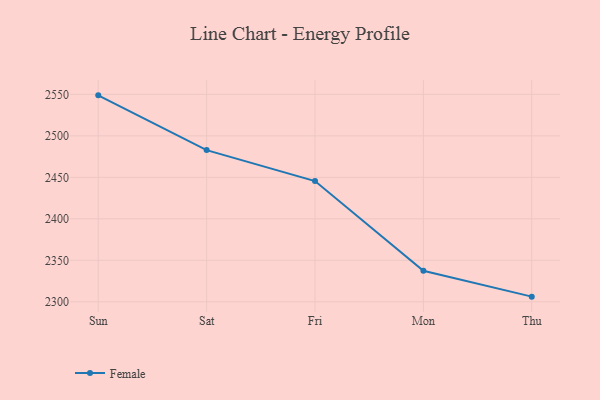
{"axis": {"x": "Day", "y": "Customer Acquisition Cost (USD)"}, "legend": ["Female"], "data": [{"x": "Sun", "y": 2548.8, "type": "Female"}, {"x": "Sat", "y": 2482.8, "type": "Female"}, {"x": "Fri", "y": 2445.5, "type": "Female"}, {"x": "Mon", "y": 2337.3, "type": "Female"}, {"x": "Thu", "y": 2306.2, "type": "Female"}]}